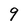
Character: 9